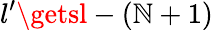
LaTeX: l^{\prime}\getsl-(\mathbb{N}+1)